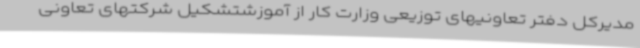
مدیرکل دفتر تعاونیهای توزیعی وزارت کار از آموزشتشکیل شرکتهای تعاونی